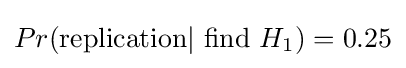
Pr({\text{replication}}|{\text{ find }}H_{1})=0.25